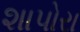
શાપોરા